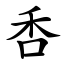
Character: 㕿